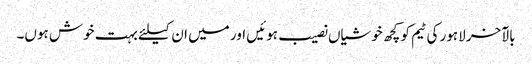
بالآخر لاہور کی ٹیم کو کچھ خوشیاں نصیب ہوئیں اور میں ان کیلئے بہت خوش ہوں۔